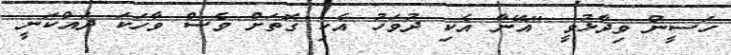
ހަސީން ވިދާޅުވީ "އޭނާ އެކި ދުވަހު އެކި ގޮތަށް ވެސް ވާހަކަ ދައްކަނީ